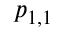
p _ { 1 , 1 }